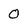
Character: 0